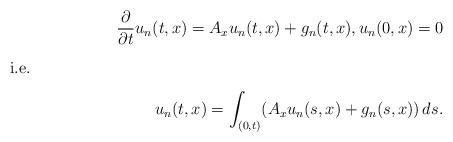
LaTeX: \begin{align*}\frac{\partial}{\partial t} u_n(t,x) = A_x u_n(t,x) + g_n(t,x), u_n(0,x)=0\intertext{i.e.}u_n(t,x) = \int_{(0,t)} (A_x u_n(s,x)+g_n(s,x)) \, ds.\end{align*}